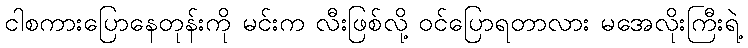
ငါစကားပြောနေတုန်းကို မင်းက လီးဖြစ်လို့ ဝင်ပြောရတာလား မအေလိုးကြီးရဲ့